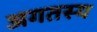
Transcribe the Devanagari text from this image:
अगतस्य